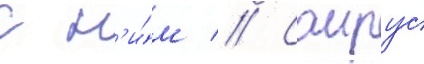
с н'и́м // Саирус